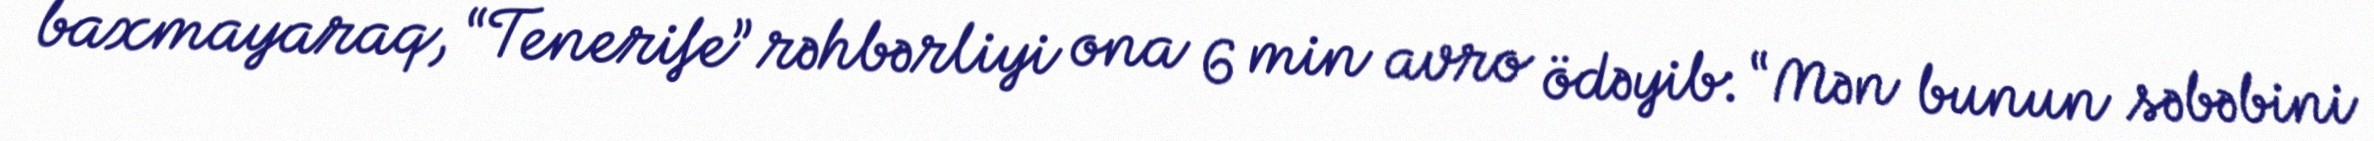
baxmayaraq, “Tenerife” rəhbərliyi ona 6 min avro ödəyib: “Mən bunun səbəbini